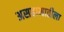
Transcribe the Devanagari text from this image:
असहामातीला